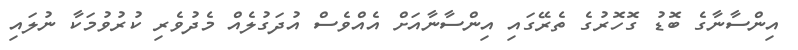
އިންސާނާގެ ބޮޑު ގޮހޮރުގެ ތެރޭގައި އިންސާނާއަށް އެއްވެސް އުދަގުލެއް މެދުވެރި ކުރުވުމަކާ ނުލައި